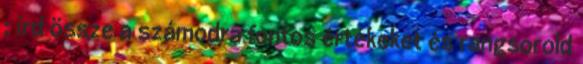
; írd össze a számodra fontos értékeket és rangsorold